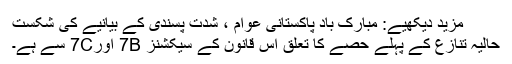
مزید دیکھیے: مبارک باد پاکستانی عوام ، شدت پسندی کے بیانیے کی شکست
حالیہ تنازِع کے پہلے حصے کا تعلق اس قانون کے سیکشنز 7B اور7C سے ہے۔